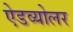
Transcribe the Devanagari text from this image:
ऐडव्योलर